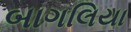
બાગલિયા